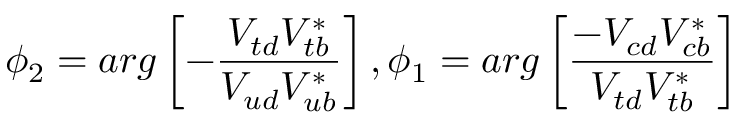
\phi _ { 2 } = a r g \left[ - \frac { V _ { t d } V _ { t b } ^ { \ast } } { V _ { u d } V _ { u b } ^ { \ast } } \right] , \phi _ { 1 } = a r g \left[ \frac { - V _ { c d } V _ { c b } ^ { \ast } } { V _ { t d } V _ { t b } ^ { \ast } } \right]